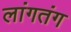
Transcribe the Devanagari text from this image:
लांगतंग